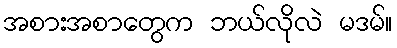
အစားအစာတွေက ဘယ်လိုလဲ မဒမ်။